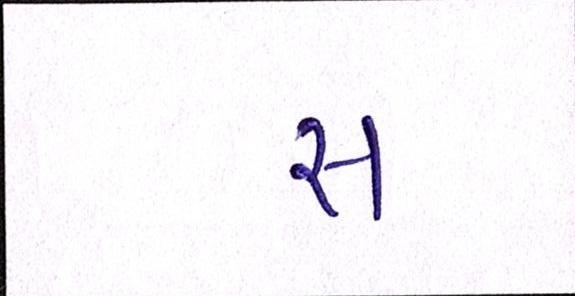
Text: સ